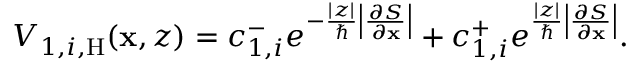
\begin{array} { r } { V _ { 1 , i , \mathrm { H } } ( \mathbf { x } , z ) = c _ { 1 , i } ^ { - } e ^ { - \frac { | z | } { \hbar } \left| \frac { \partial S } { \partial \mathbf { x } } \right| } + c _ { 1 , i } ^ { + } e ^ { \frac { | z | } { \hbar } \left| \frac { \partial S } { \partial \mathbf { x } } \right| } . } \end{array}